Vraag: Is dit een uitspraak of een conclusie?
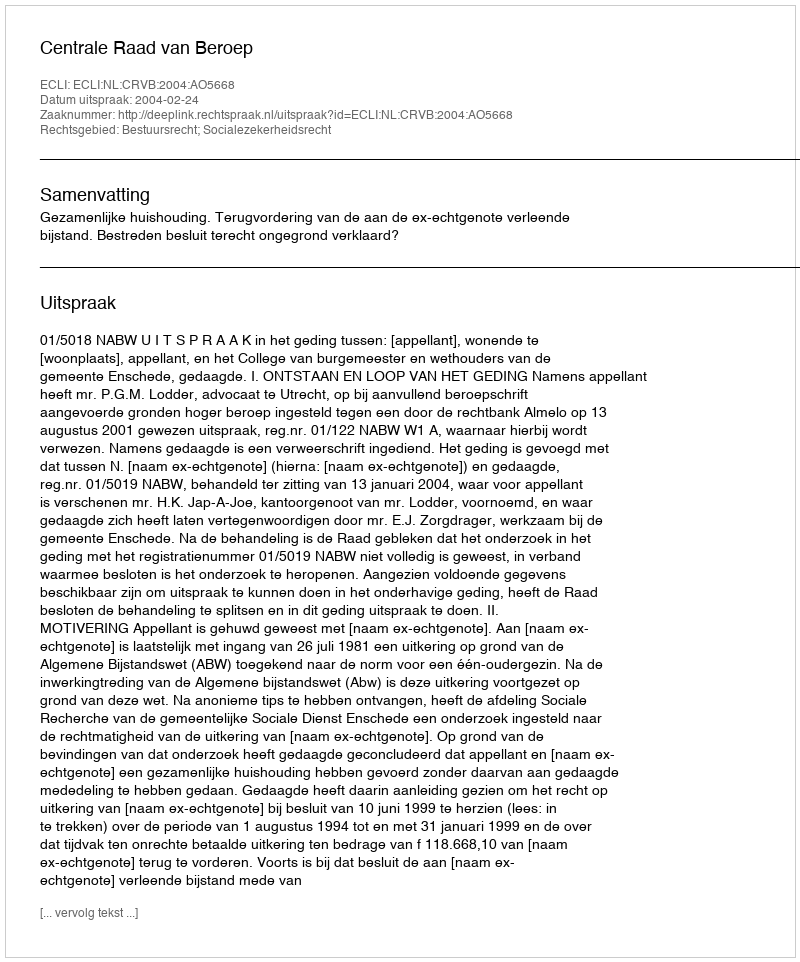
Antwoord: Uitspraak